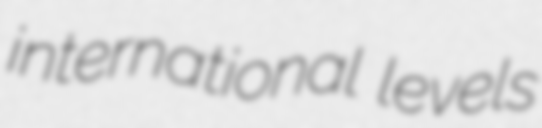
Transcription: international levels